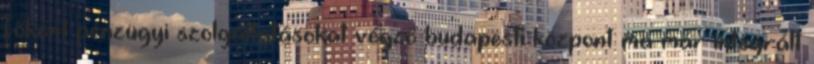
főként pénzügyi szolgáltatásokat végző budapesti központ ma már integrált